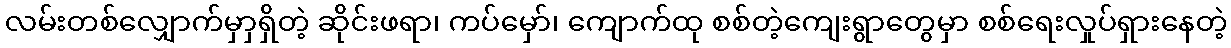
လမ်းတစ်လျှောက်မှာှရှိတဲ့ ဆိုင်းဖရာ၊ ကပ်မှော်၊ ကျောက်ထု စစ်တဲ့ကျေးရွာတွေမှာ စစ်ရေးလှုပ်ရှားနေတဲ့